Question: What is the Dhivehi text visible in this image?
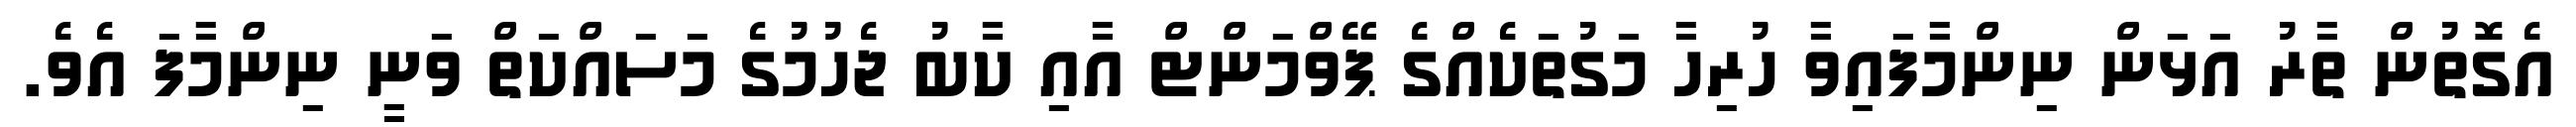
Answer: އެގޮތުން ތާރު އަޅަން ނިންމާފައިވާ ހުރިހާ މަގުތަކެއްގެ ޕޭވްމަންޓް އާއި ކާބު ޖެހުމުގެ މަސައްކަތް ވަނީ ނިންމާފަ އެވެ.